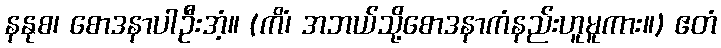
နနုစ၊ စောဒနာပါဦးအံ့။ (ကိံ၊ အဘယ်သို့စောဒနာကံနည်းဟူမူကား။) ဧတံ